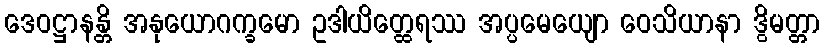
ဒေဝဋ္ဌာနန္တိ အနုယောဂက္ခမော ဥဒါယိတ္ထေရဿ အပ္ပမေယျော ဝေသိယာနာ ဒွိမတ္တာ